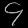
Digit: ၄